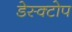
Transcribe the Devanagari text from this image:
डेस्क्टोप